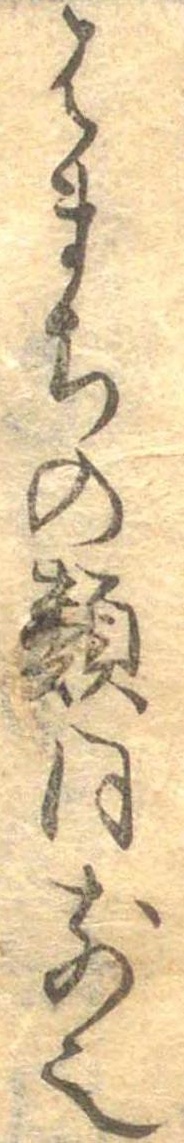
はまちの類同前也